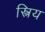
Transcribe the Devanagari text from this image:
स्त्रिय